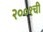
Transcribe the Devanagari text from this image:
२००१ची